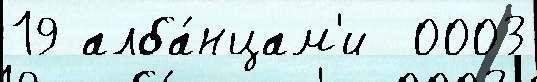
19 алба́нцам'и  0003